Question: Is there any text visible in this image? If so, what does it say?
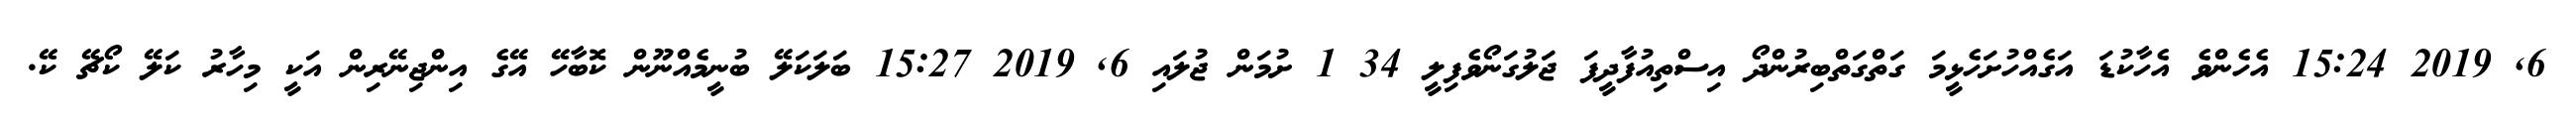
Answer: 6, 2019 15:24 އެހެންވެ އެހާކުޑަ އަގެއްހުށަހެޅީމަ ގަތްގަތްބިރުންދޯ އިސްތިއުފާދީފަ ޖަލުގަނޯވެފިލީ 34 1 ށުމަން ޖުލައި 6, 2019 15:27 ބަލަކަލޭ ބުނީމެއްނޫން ކޮބާހޭ އޭގެ އިންޖިނޭރިން އަކީ މިހާރު ކަލޭ ކޯޗޭ ކޭ.